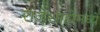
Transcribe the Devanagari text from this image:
राजेशाहीमध्ये